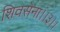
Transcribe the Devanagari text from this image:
शिवसेना।।३।।